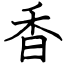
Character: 香